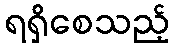
ရရှိစေသည့်